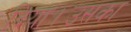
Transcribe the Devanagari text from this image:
दिया।उसका